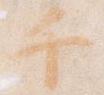
千